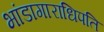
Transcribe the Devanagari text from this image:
भांडागाराधिपति